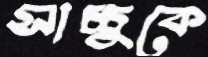
সাচ্চুকে